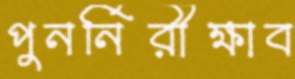
পুনর্নিরীক্ষাব